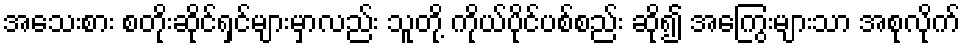
အသေးစား စတိုးဆိုင်ရှင်များမှာလည်း သူတို့ ကိုယ်ပိုင်ပစ်စည်း ဆို၍ အကြွေးများသာ အစုလိုက်